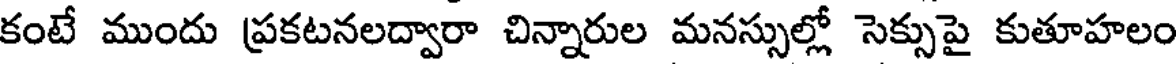
కంటే ముందు ప్రకటనలద్వారా చిన్నారుల మనస్సుల్లో సెక్సుపై కుతూహలం